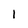
Character: 1